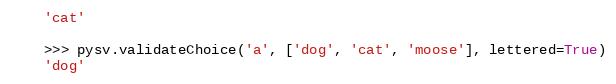
Language: Python
    'cat'

    >>> pysv.validateChoice('a', ['dog', 'cat', 'moose'], lettered=True)
    'dog'